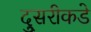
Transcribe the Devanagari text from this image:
दु्सरीकडे